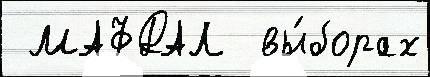
 МАФДАЛ  вы́борах